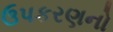
ઉપકરણનો